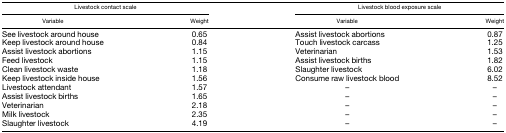
| <COLSPAN=2> Livestock contact scale | <COLSPAN=2> Livestock blood exposure scale |
 | Variable | Weight | Variable | Weight |
 | --- | --- | --- | --- |
 | See livestock around house | 0.65 | Assist livestock abortions | 0.87 |
 | Keep livestock around house | 0.84 | Touch livestock carcass | 1.25 |
 | Assist livestock abortions | 1.15 | Veterinarian | 1.53 |
 | Feed livestock | 1.15 | Assist livestock births | 1.82 |
 | Clean livestock waste | 1.18 | Slaughter livestock | 6.02 |
 | Keep livestock inside house | 1.56 | Consume raw livestock blood | 8.52 |
 | Livestock attendant | 1.57 | – | – |
 | Assist livestock births | 1.65 | – | – |
 | Veterinarian | 2.18 | – | – |
 | Milk livestock | 2.35 | – | – |
 | Slaughter livestock | 4.19 | – | – |